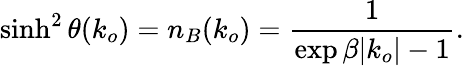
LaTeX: \sinh^{2}\theta(k_{o})=n_{B}(k_{o})={\frac{1}{\exp\beta|k_{o}|-1}}.